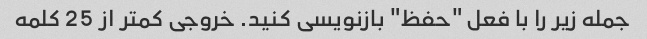
جمله زیر را با فعل "حفظ" بازنویسی کنید. خروجی کمتر از 25 کلمه